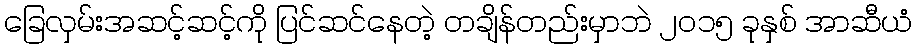
ခြေလှမ်းအဆင့်ဆင့်ကို ပြင်ဆင်နေတဲ့ တချိန်တည်းမှာဘဲ ၂၀၁၅ ခုနှစ် အာဆီယံ